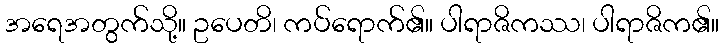
အရေအတွက်သို့။ ဥပေတိ၊ ကပ်ရောက်၏။ ပါရာဇိကဿ၊ ပါရာဇိက၏။